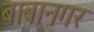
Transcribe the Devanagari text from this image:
बाबानगर